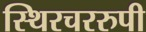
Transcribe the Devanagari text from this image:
स्थिरचररुपी